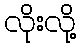
လိုးလို့